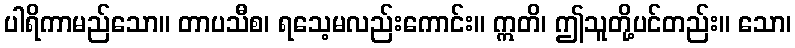
ပါရိကာမည်သော။ တာပသီစ၊ ရသေ့မလည်းကောင်း။ ဣတိ၊ ဤသူတို့ပင်တည်း။ သော၊